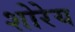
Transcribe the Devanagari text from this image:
शोरेय